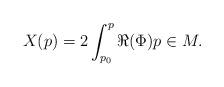
LaTeX: \begin{align*} X(p)=2\int_{p_0}^p \Re(\Phi) p\in M.\end{align*}